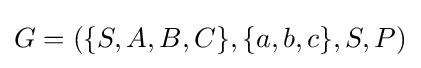
G=(\{S,A,B,C\},\{a,b,c\},S,P)